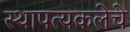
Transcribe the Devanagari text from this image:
स्थापत्यकलेचे